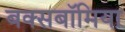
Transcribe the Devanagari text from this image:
बक्सबॉमिया